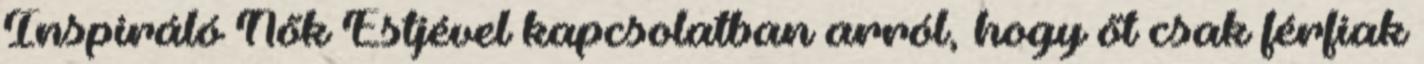
Inspiráló Nők Estjével kapcsolatban arról, hogy őt csak férfiak